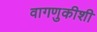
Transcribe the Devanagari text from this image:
वागणुकीशी